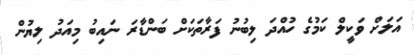
އަލަށް ވަކީލް ކަމުގެ ހުއްދަ ލިބުނު ފަރާތަކަށް ބަންޑާރަ ނައިބު މިއަދު ލިޔުން